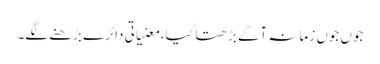
جوں جوں زمانہ آگے بڑھتا گیا، معنیاتی دائرے بڑھنے لگے۔